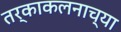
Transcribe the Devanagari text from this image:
तर्काकलनाच्या